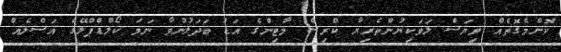
ކޮންމެގޮތެއް ވިޔަސް ލަވަކިޔުންތެރިޔާ ކްރިސް މާޓިންގެ އަޑު ބަދަލުނުވާ ނަމަ ކޯލްޑްޕްލޭގެ އަސްލެއް